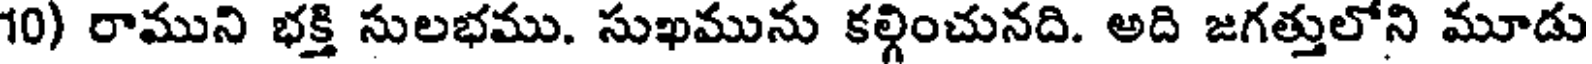
10) రాముని భక్తి సులభము. సుఖమును కల్గించునది. అది జగత్తులోని మూడు